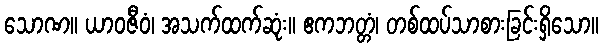
သောဏ။ ယာဝဇီဝံ၊ အသက်ထက်ဆုံး။ ဧကဘတ္တံ၊ တစ်ထပ်သာစားခြင်းရှိသော။